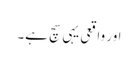
اور واقعی یہی سچ ہے۔